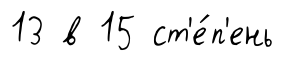
13 в 15 ст'е́п'ень